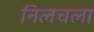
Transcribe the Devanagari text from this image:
निलचला